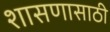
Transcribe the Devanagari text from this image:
शासणासाठी